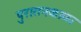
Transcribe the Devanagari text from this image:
पुरातनकाळा